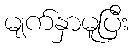
မျက်နှာမူပြီး